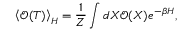
\left\langle \mathcal { O } ( T ) \right\rangle _ { \cal H } = \frac { 1 } { Z } \int d X \mathcal { O } ( X ) e ^ { - \beta \cal H } ,